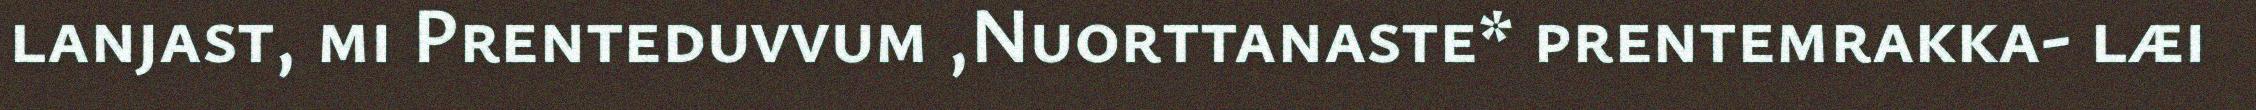
lanjast, mi Prenteduvvum ,Nuorttanaste* prentemrakka- læi